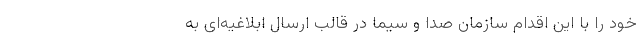
خود را با این اقدام سازمان صدا و سیما در قالب ارسال ابلاغیه‌ای به